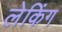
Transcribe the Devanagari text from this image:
लेकिंग